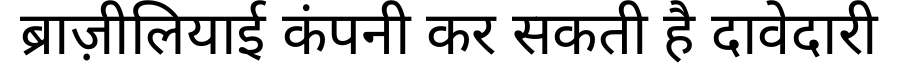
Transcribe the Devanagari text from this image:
ब्राज़ीलियाई कंपनी कर सकती है दावेदारी